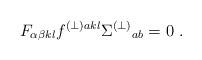
\begin{align*}F_{\alpha\beta kl}f^{(\perp)akl}\Sigma^{(\perp)}{}_{ab} = 0\ .\end{align*}